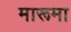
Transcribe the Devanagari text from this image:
मारूमा